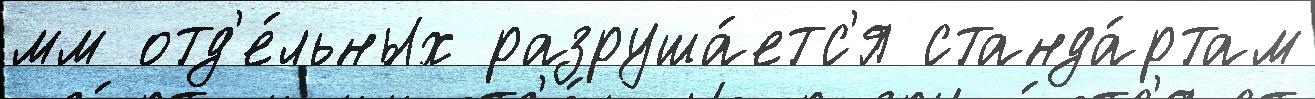
мм отд'е́льных разруша́етс'я станда́ртам